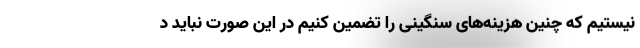
نیستیم که چنین هزینه‌های سنگینی را تضمین کنیم در این صورت نباید د